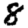
Digit: 8